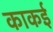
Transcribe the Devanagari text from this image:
काकई